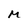
Character: M